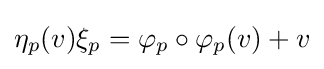
\eta _{p}(v)\xi _{p}=\varphi _{p}\circ \varphi _{p}(v)+v